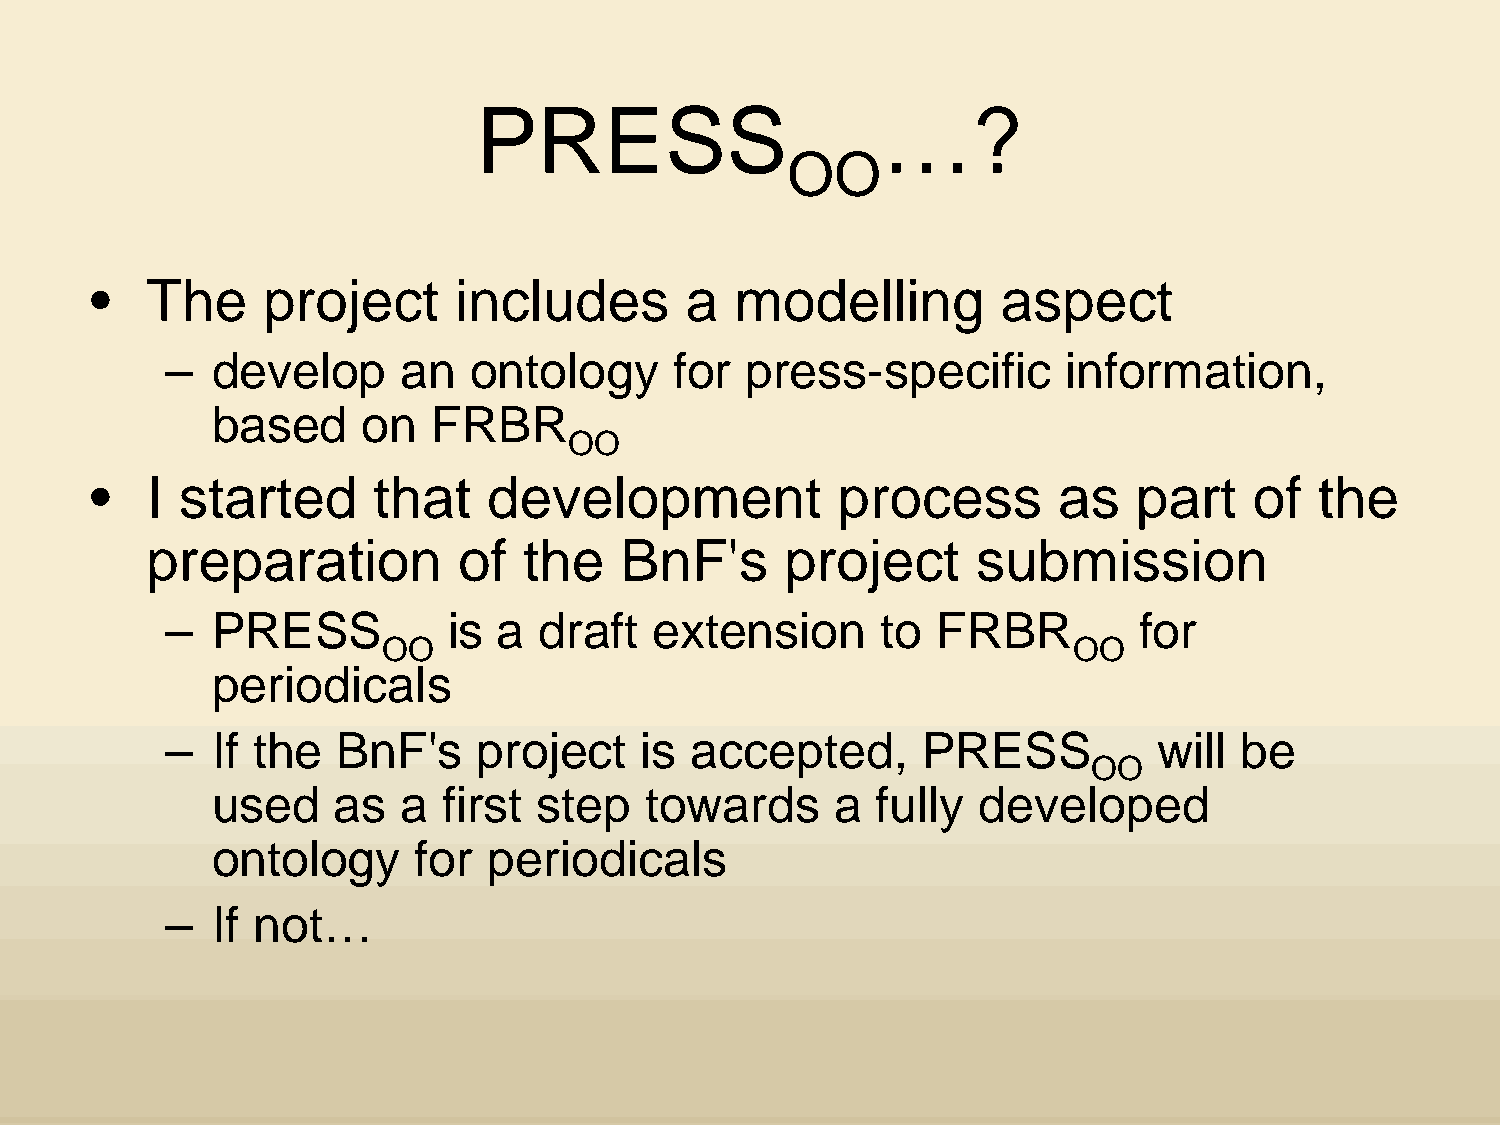
PRESS                      …?
 OO
 •   The     project      includes       a  modelling         aspect
 –  develop      an   ontology     for  press-specific       information,
 based     on   FRBR
 OO
 •   I started      that    development            process       as    part   of   the
 preparation          of  the   BnF's      project      submission
 –  PRESS           is a  draft   extension      to FRBR          for
 OO                                           OO
 periodicals
 –  If the   BnF's    project    is accepted,      PRESS           will  be
 OO
 used     as  a  first step   towards      a fully  developed
 ontology      for  periodicals
 –  If not…